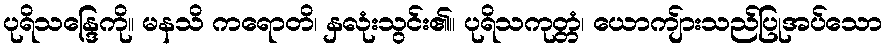
ပုရိသန္ဒြေကို။ မနသိ ကရောတိ၊ နှလုံးသွင်း၏။ ပုရိသကုတ္တံ၊ ယောကျ်ားသည်ပြုအပ်သော